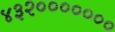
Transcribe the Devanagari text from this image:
४३२०००००००